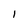
Character: I